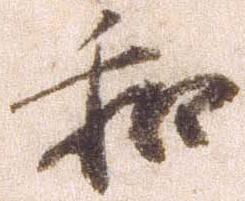
和